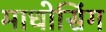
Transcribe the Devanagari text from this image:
माधोसिंग